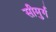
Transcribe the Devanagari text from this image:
सीमुर्ग